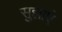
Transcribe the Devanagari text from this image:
सुझाएं